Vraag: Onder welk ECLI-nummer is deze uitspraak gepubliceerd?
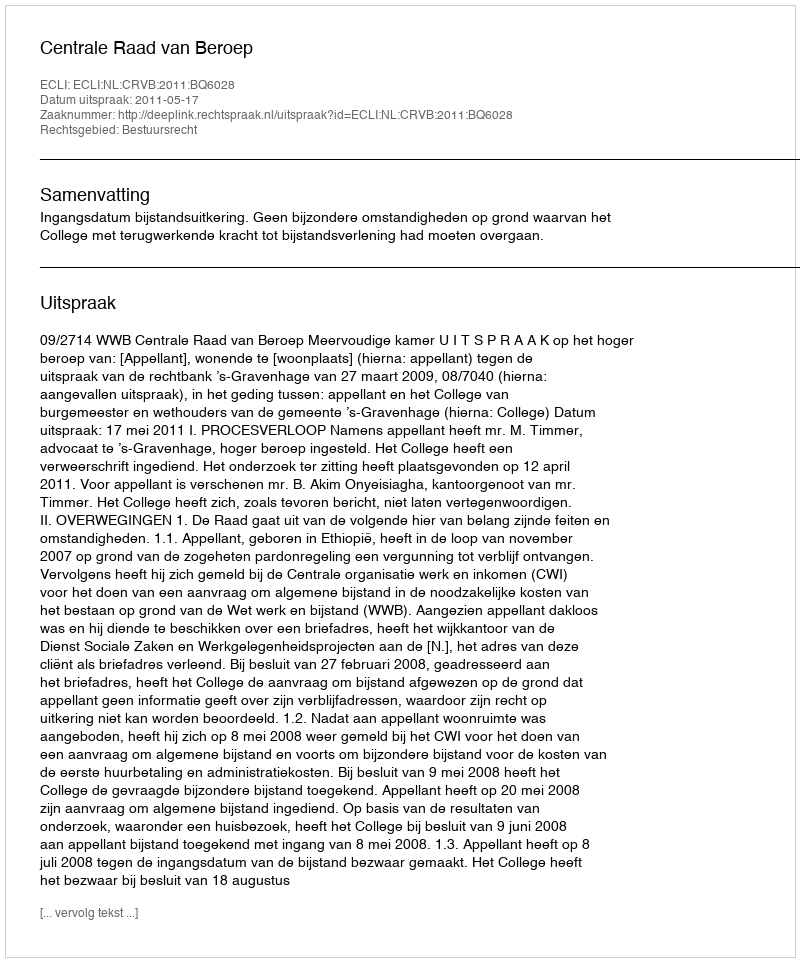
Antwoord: ECLI:NL:CRVB:2011:BQ6028